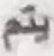
يتم